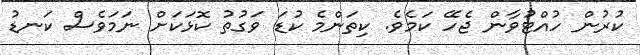
ކުރުން ހުއްޓުވާން ޖެހޭ ކަމެވެ. ކިތަންމެ ކުޑަ ވަގުތު ކޮޅަކަށް ނަމަވެސް ކަނޑު